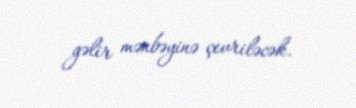
gəlir mənbəyinə çevriləcək.